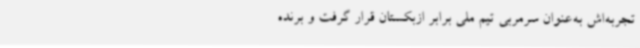
تجربه‌اش به‌عنوان سرمربی تیم ملی برابر ازبکستان قرار گرفت و برنده